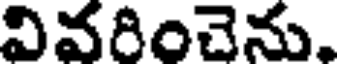
వివరించెను,